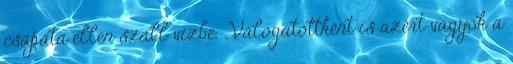
csapata ellen száll vízbe. „Válogatottként is azért vagyok a